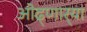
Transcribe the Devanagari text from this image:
ओढ्णार्‍या